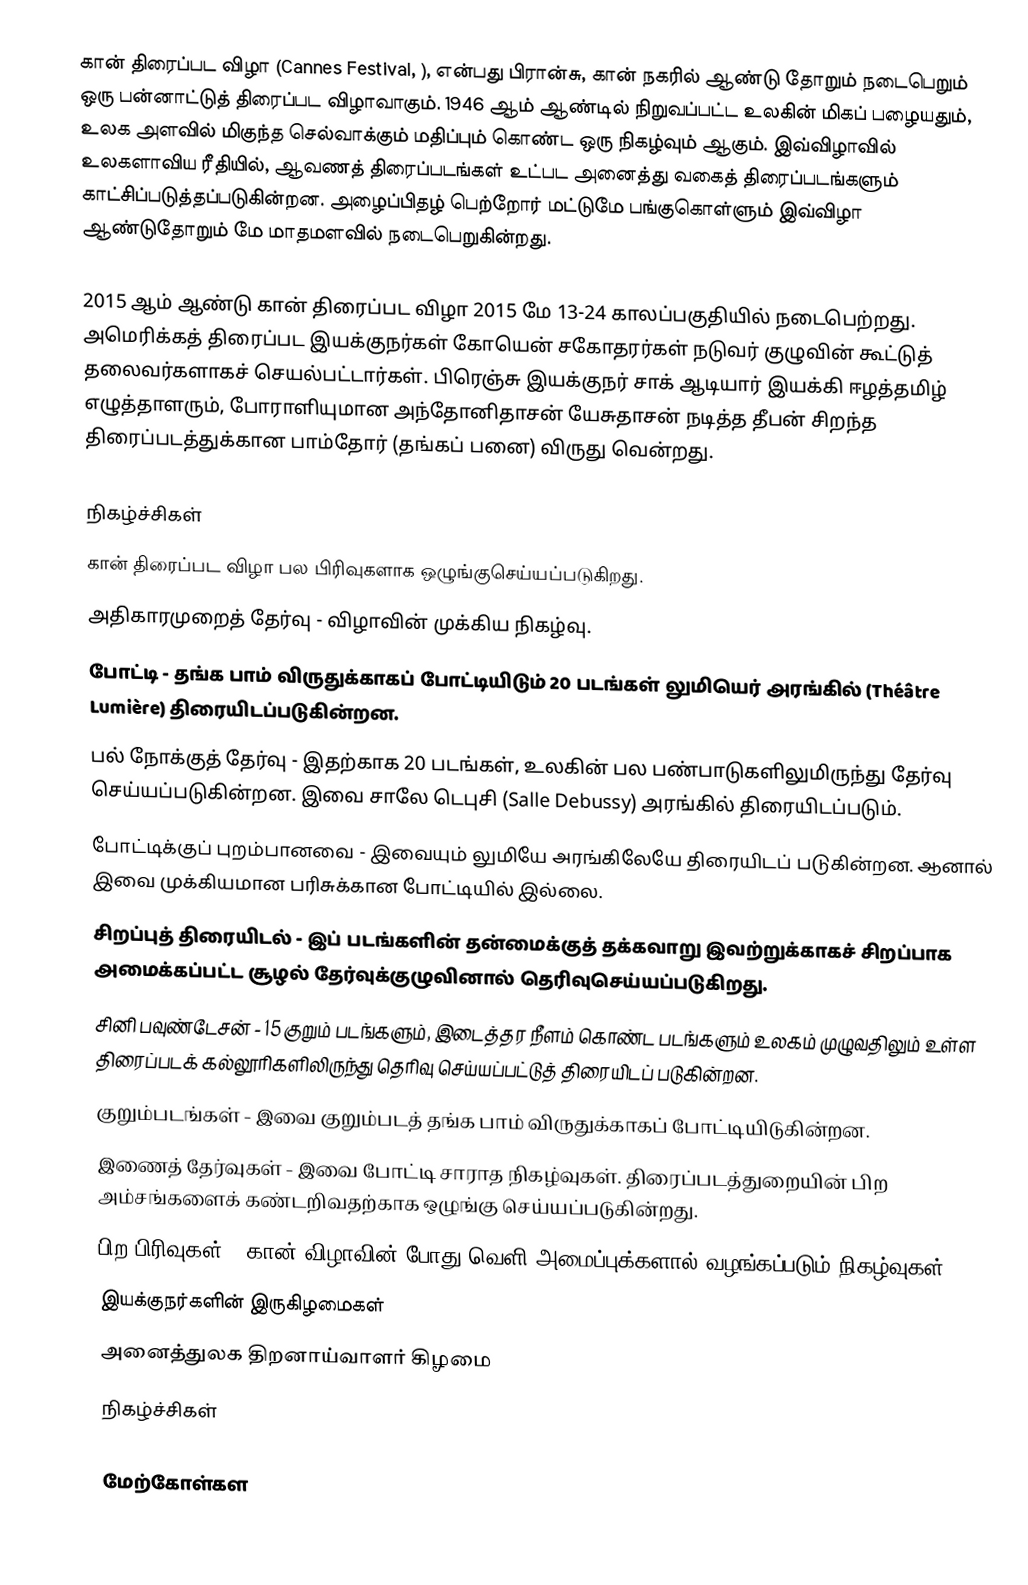
கான் திரைப்பட விழா (Cannes Festival, ), என்பது பிரான்சு, கான் நகரில் ஆண்டு தோறும் நடைபெறும் ஒரு பன்னாட்டுத் திரைப்பட விழாவாகும். 1946 ஆம் ஆண்டில் நிறுவப்பட்ட உலகின் மிகப் பழையதும், உலக அளவில் மிகுந்த செல்வாக்கும் மதிப்பும் கொண்ட ஒரு நிகழ்வும் ஆகும். இவ்விழாவில் உலகளாவிய ரீதியில், ஆவணத் திரைப்படங்கள் உட்பட அனைத்து வகைத் திரைப்படங்களும் காட்சிப்படுத்தப்படுகின்றன. அழைப்பிதழ் பெற்றோர் மட்டுமே பங்குகொள்ளும் இவ்விழா ஆண்டுதோறும் மே மாதமளவில் நடைபெறுகின்றது.

2015 ஆம் ஆண்டு கான் திரைப்பட விழா 2015 மே 13-24 காலப்பகுதியில் நடைபெற்றது. அமெரிக்கத் திரைப்பட இயக்குநர்கள் கோயென் சகோதரர்கள் நடுவர் குழுவின் கூட்டுத் தலைவர்களாகச் செயல்பட்டார்கள். பிரெஞ்சு இயக்குநர் சாக் ஆடியார் இயக்கி ஈழத்தமிழ் எழுத்தாளரும், போராளியுமான அந்தோனிதாசன் யேசுதாசன் நடித்த தீபன் சிறந்த திரைப்படத்துக்கான பாம்தோர் (தங்கப் பனை) விருது வென்றது.

நிகழ்ச்சிகள்
கான் திரைப்பட விழா பல பிரிவுகளாக ஒழுங்குசெய்யப்படுகிறது.
 அதிகாரமுறைத் தேர்வு - விழாவின் முக்கிய நிகழ்வு.
 போட்டி - தங்க பாம் விருதுக்காகப் போட்டியிடும் 20 படங்கள் லுமியெர் அரங்கில் (Théâtre Lumière) திரையிடப்படுகின்றன.
 பல் நோக்குத் தேர்வு - இதற்காக 20 படங்கள், உலகின் பல பண்பாடுகளிலுமிருந்து தேர்வு செய்யப்படுகின்றன. இவை சாலே டெபுசி (Salle Debussy) அரங்கில் திரையிடப்படும்.
 போட்டிக்குப் புறம்பானவை - இவையும் லுமியே அரங்கிலேயே திரையிடப் படுகின்றன. ஆனால் இவை முக்கியமான பரிசுக்கான போட்டியில் இல்லை.
 சிறப்புத் திரையிடல் - இப் படங்களின் தன்மைக்குத் தக்கவாறு இவற்றுக்காகச் சிறப்பாக அமைக்கப்பட்ட சூழல் தேர்வுக்குழுவினால் தெரிவுசெய்யப்படுகிறது.
 சினி பவுண்டேசன் - 15 குறும் படங்களும், இடைத்தர நீளம் கொண்ட படங்களும் உலகம் முழுவதிலும் உள்ள திரைப்படக் கல்லூரிகளிலிருந்து தெரிவு செய்யப்பட்டுத் திரையிடப் படுகின்றன.
 குறும்படங்கள் - இவை குறும்படத் தங்க பாம் விருதுக்காகப் போட்டியிடுகின்றன.
 இணைத் தேர்வுகள் - இவை போட்டி சாராத நிகழ்வுகள். திரைப்படத்துறையின் பிற அம்சங்களைக் கண்டறிவதற்காக ஒழுங்கு செய்யப்படுகின்றது.
 பிற பிரிவுகள் - கான் விழாவின் போது வெளி அமைப்புக்களால் வழங்கப்படும் நிகழ்வுகள்.
 இயக்குநர்களின் இருகிழமைகள்
 அனைத்துலக திறனாய்வாளர் கிழமை
 நிகழ்ச்சிகள்

மேற்கோள்கள